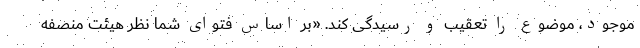
موجود، موضوع را تعقیب و رسیدگی کند. «بر اساس فتوای شما نظر هیئت منصفه